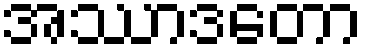
အဿာဒတော